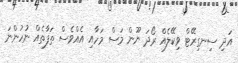
އަދި ސިނގިރޭޓް ވިކޭލެއް ރޯދަ ނޫން މަސް މަހާއި އެއްވެސް ތަފާތެއް ނުހުންނަ